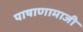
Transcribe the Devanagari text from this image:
पाषाणामाजी